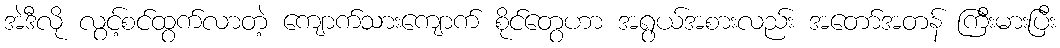
အဲဒီလို လွင့်စင်ထွက်လာတဲ့ ကျောက်သားကျောက် စိုင်တွေဟာ အရွယ်အစားလည်း အတော်အတန် ကြီးမားပြီး